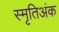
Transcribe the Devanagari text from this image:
स्मृतिअंक